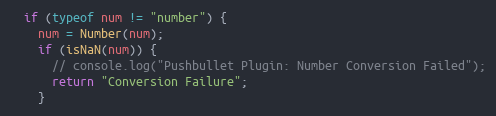
Language: JavaScript
  if (typeof num != "number") {
    num = Number(num);
    if (isNaN(num)) {
      // console.log("Pushbullet Plugin: Number Conversion Failed");
      return "Conversion Failure";
    }